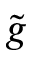
\tilde { g }